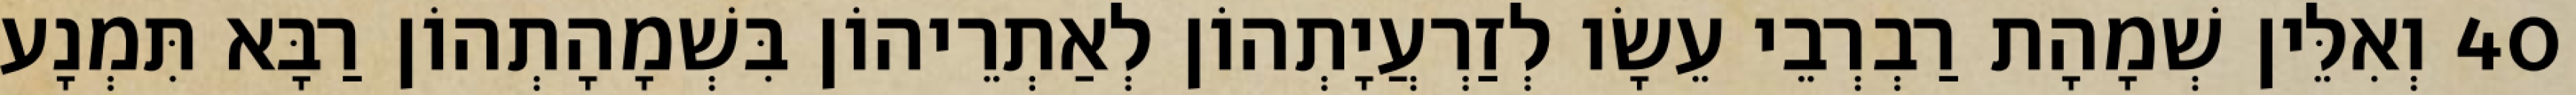
40 וְאִלֵּין שְׁמָהָת רַבְרְבֵי עֵשָׂו לְזַרְעֲיָתְהוֹן לְאַתְרֵיהוֹן בִּשְׁמָהָתְהוֹן רַבָּא תִּמְנָע